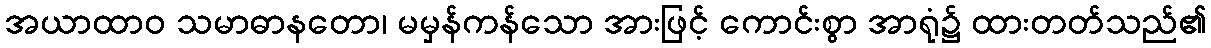
အယာထာဝ သမာဓာနတော၊ မမှန်ကန်သော အားဖြင့် ကောင်းစွာ အာရုံ၌ ထားတတ်သည်၏